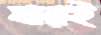
মারই